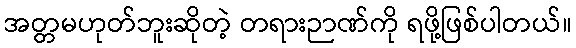
အတ္တမဟုတ်ဘူးဆိုတဲ့ တရားဉာဏ်ကို ရဖို့ဖြစ်ပါတယ်။